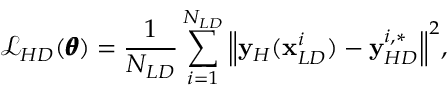
\mathcal { L } _ { H D } ( \pmb { \theta } ) = \frac { 1 } { N _ { L D } } \sum _ { i = 1 } ^ { N _ { L D } } { \left\| \mathbf { y } _ { H } ( \mathbf { x } _ { L D } ^ { i } ) - \mathbf { y } _ { H D } ^ { i , * } \right\| ^ { 2 } } ,